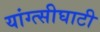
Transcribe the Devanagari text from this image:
यांग्त्सीघाटी